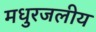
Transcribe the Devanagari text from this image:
मधुरजलीय